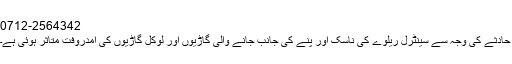
0712-2564342
حادثے کی وجہ سے سینٹرل ریلوے کی ناسک اور پنے کی جانب جانے والی گاڑیوں اور لوکل گاڑیوں کی آمدروفت متاثر ہوئی ہے۔